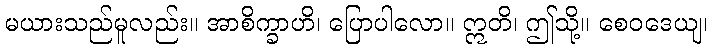
မယားသည်မူလည်း။ အာစိက္ခာဟိ၊ ပြောပါလော။ ဣတိ၊ ဤသို့။ စေဝဒေယျ၊